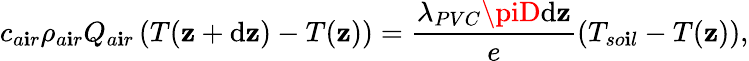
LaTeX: c_{a\mathbf{i}r}\rho_{a\mathbf{i}r}Q_{a\mathbf{i}r}\left(T(\mathbf{z}+\mathrm{d}\mathbf{z})-T(\mathbf{z})\right)=\frac{{\lambda_{PVC}\piD\mathrm{d}\mathbf{z}}}{{e}}\left(T_{so\mathbf{i}l}-T(\mathbf{z})\right),